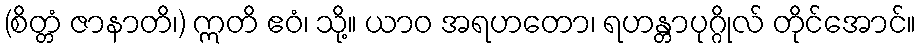
(စိတ္တံ ဇာနာတိ၊) ဣတိ ဧဝံ၊ သို့။ ယာဝ အရဟတော၊ ရဟန္တာပုဂ္ဂိုလ် တိုင်အောင်။